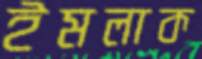
ইমলাক